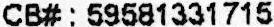
CB# : 59581331715